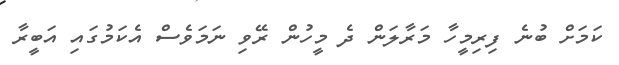
ކަމަށް ބުނެ ފިރިމީހާ މަރާލަން ދެ މީހުން ރޭވި ނަމަވެސް އެކަމުގައި އަބީރާ